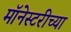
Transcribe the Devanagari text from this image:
मॉनेस्टरीच्या